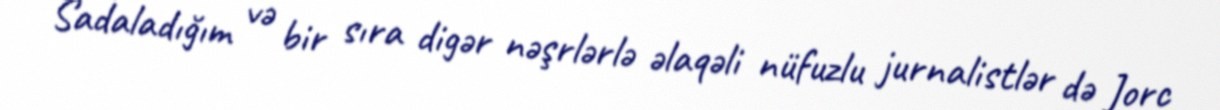
Sadaladığım və bir sıra digər nəşrlərlə əlaqəli nüfuzlu jurnalistlər də Jorc